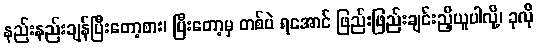
နည်းနည်းချန်ပြီးတော့စား၊ ပြီးတော့မှ တစ်ပဲ ရအောင် ဖြည်းဖြည်းချင်းညှိယူပါလို့၊ ခုလို